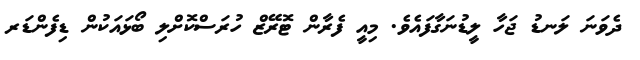
ދެވަނަ ލަނޑު ޖަހާ ލީޑުނަގާފައެވެ. މިއީ ފެރާން ޓޮރޭޒް ހުރަސްކޮށްލި ބޯޅައަކުން ޑިފެންޑަރ